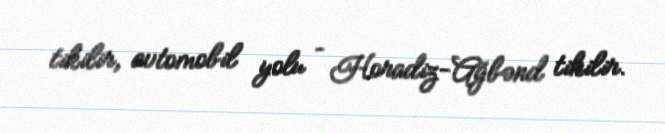
tikilir, avtomobil yolu – Horadiz-Ağbənd tikilir.